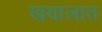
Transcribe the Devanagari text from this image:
खयालात